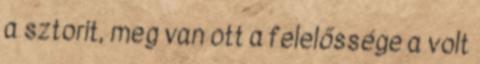
a sztorit, meg van ott a felelőssége a volt